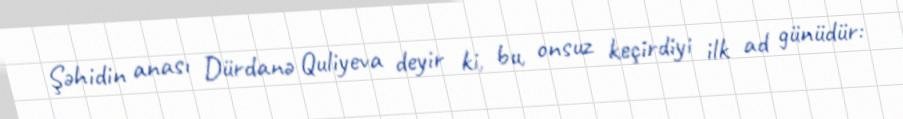
Şəhidin anası Dürdanə Quliyeva deyir ki, bu, onsuz keçirdiyi ilk ad günüdür: